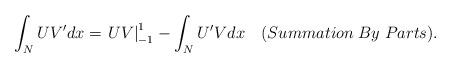
LaTeX: \begin{align*}{\int_N {UV'dx} = \left. {UV} \right|_{ - 1}^1 - \int_N {U'Vdx} }\quad(Summation\; By\; Parts).\end{align*}